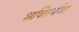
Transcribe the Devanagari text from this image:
भक्तिर्यथा